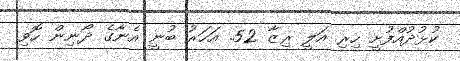
ކުޅުދުއްފުށީ ހިރި އަލީ ރިޒާ 52. އަހަރު ބުނީ އެނާގެ ދޯނިން ހޮވި